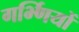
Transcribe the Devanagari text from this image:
गर्भ्णियों